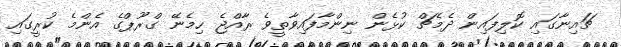
ޗައިނާގައި ކޮލިފައިން ދެމެޗް ކުޅެން ނިންމާފައިވާތީވެ ރާއްޖެ ހިމެނޭ ގްރޫޕްގެ އެންމެ ކުރީގައި